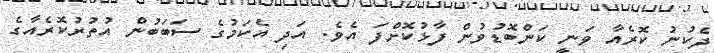
ދެކުނު ކޮރެއާ ވަނީ ކަންބޮޑުވުން ފާޅުކޮށްފަ އެވެ. އަދި އެކަމުގެ ސަބަބުން އުތުރުކޮރެއާގެ